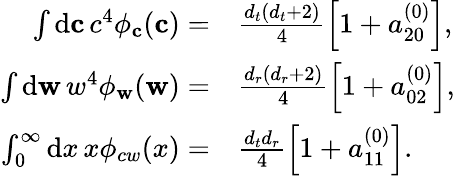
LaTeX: \begin{array}{rl}{\int\mathrm{d}\mathbf{c}\, c^{4}\phi_{\mathbf{c}}(\mathbf{c})=}&{{}\frac{{d_{t}}({d_{t}}+2)}{4}\left[1+a_{20}^{(0)}\right],}\\ {\int\mathrm{d}\mathbf{w}\, w^{4}\phi_{\mathbf{w}}(\mathbf{w})=}&{{}\frac{{d_{r}}({d_{r}}+2)}{4}\left[1+a_{02}^{(0)}\right],}\\ {\int_{0}^{\infty}\mathrm{d}x\, x\phi_{cw}(x)=}&{{}\frac{{d_{t}}{d_{r}}}{4}\left[1+a_{11}^{(0)}\right].}\end{array}